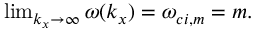
\begin{array} { r } { \operatorname* { l i m } _ { k _ { x } \rightarrow \infty } \omega ( k _ { x } ) = \omega _ { c i , m } = m . } \end{array}